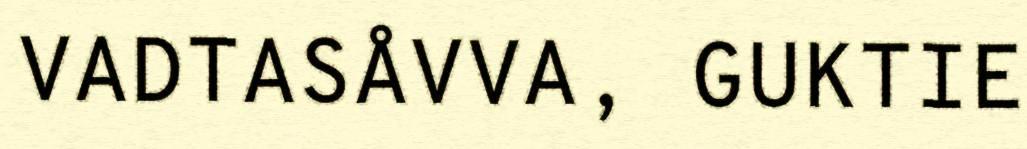
VADTASÅVVA, GUKTIE